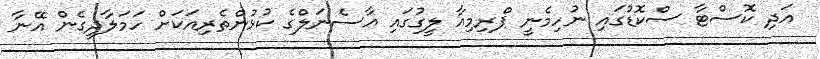
އަދި ކޮސްޓާ ސްކޮޑުގައި ނުހިމެނީ ޕްރިމިއާ ލީގުގައި އާސެނަލްގެ ކުޅުންތެރިއަކަށް ހަމަލާދީގެން އޭނާ